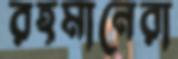
রহমানেরা